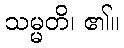
သမ္မတိ၊ ၏။